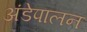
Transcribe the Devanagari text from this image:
अंडेपालन